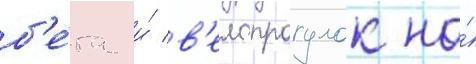
б'е́га и́ в'елопрогулок на́